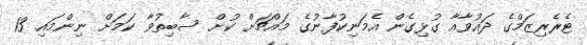
ޓެރެރިޒަމްގެ ދައުވާއާ ގުޅިގެން އެމަނިކުފާނުގެ މައްޗަށް ކުށް ސާބިތުވާ ކަމަށް ނިންމައި 13